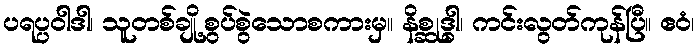
ပရပ္ပဝါဒါ၊ သူတစ်ချို့စွပ်စွဲသောစကားမှ။ နိစ္ဆုဒ္ဓါ၊ ကင်းလွတ်ကုန်ပြီ။ ဧဝံ၊